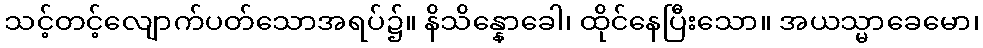
သင့်တင့်လျောက်ပတ်သောအရပ်၌။ နိသိန္နောခေါ၊ ထိုင်နေပြီးသော။ အယသ္မာခေမော၊